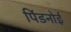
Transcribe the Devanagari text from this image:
पिंडनोई